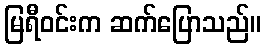
မြရီဝင်းက ဆက်ပြောသည်။